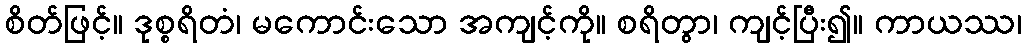
စိတ်ဖြင့်။ ဒုစ္စရိတံ၊ မကောင်းသော အကျင့်ကို။ စရိတွာ၊ ကျင့်ပြီး၍။ ကာယဿ၊